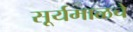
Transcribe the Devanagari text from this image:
सूर्यमाळचे